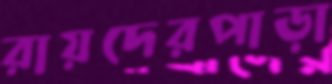
রায়দেরপাড়া